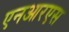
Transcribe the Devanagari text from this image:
एनआरएस